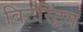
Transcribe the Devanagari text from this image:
बिटस्ट्रिंग